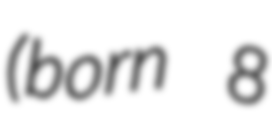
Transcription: (born 8